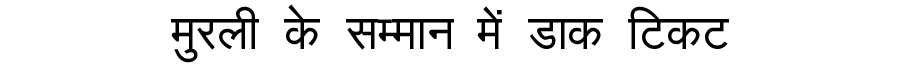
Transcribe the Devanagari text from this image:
मुरली के सम्मान में डाक टिकट